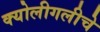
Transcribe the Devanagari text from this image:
क्योलीगलीचे